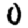
Digit: 0